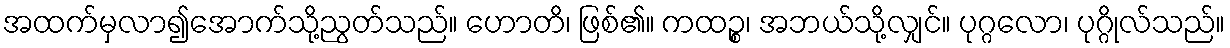
အထက်မှလာ၍အောက်သို့ညွတ်သည်။ ဟောတိ၊ ဖြစ်၏။ ကထဉ္စ၊ အဘယ်သို့လျှင်။ ပုဂ္ဂလော၊ ပုဂ္ဂိုလ်သည်။